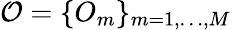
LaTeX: \mathcal{O}=\{ O_{m}\} _{m=1,\dots,M}